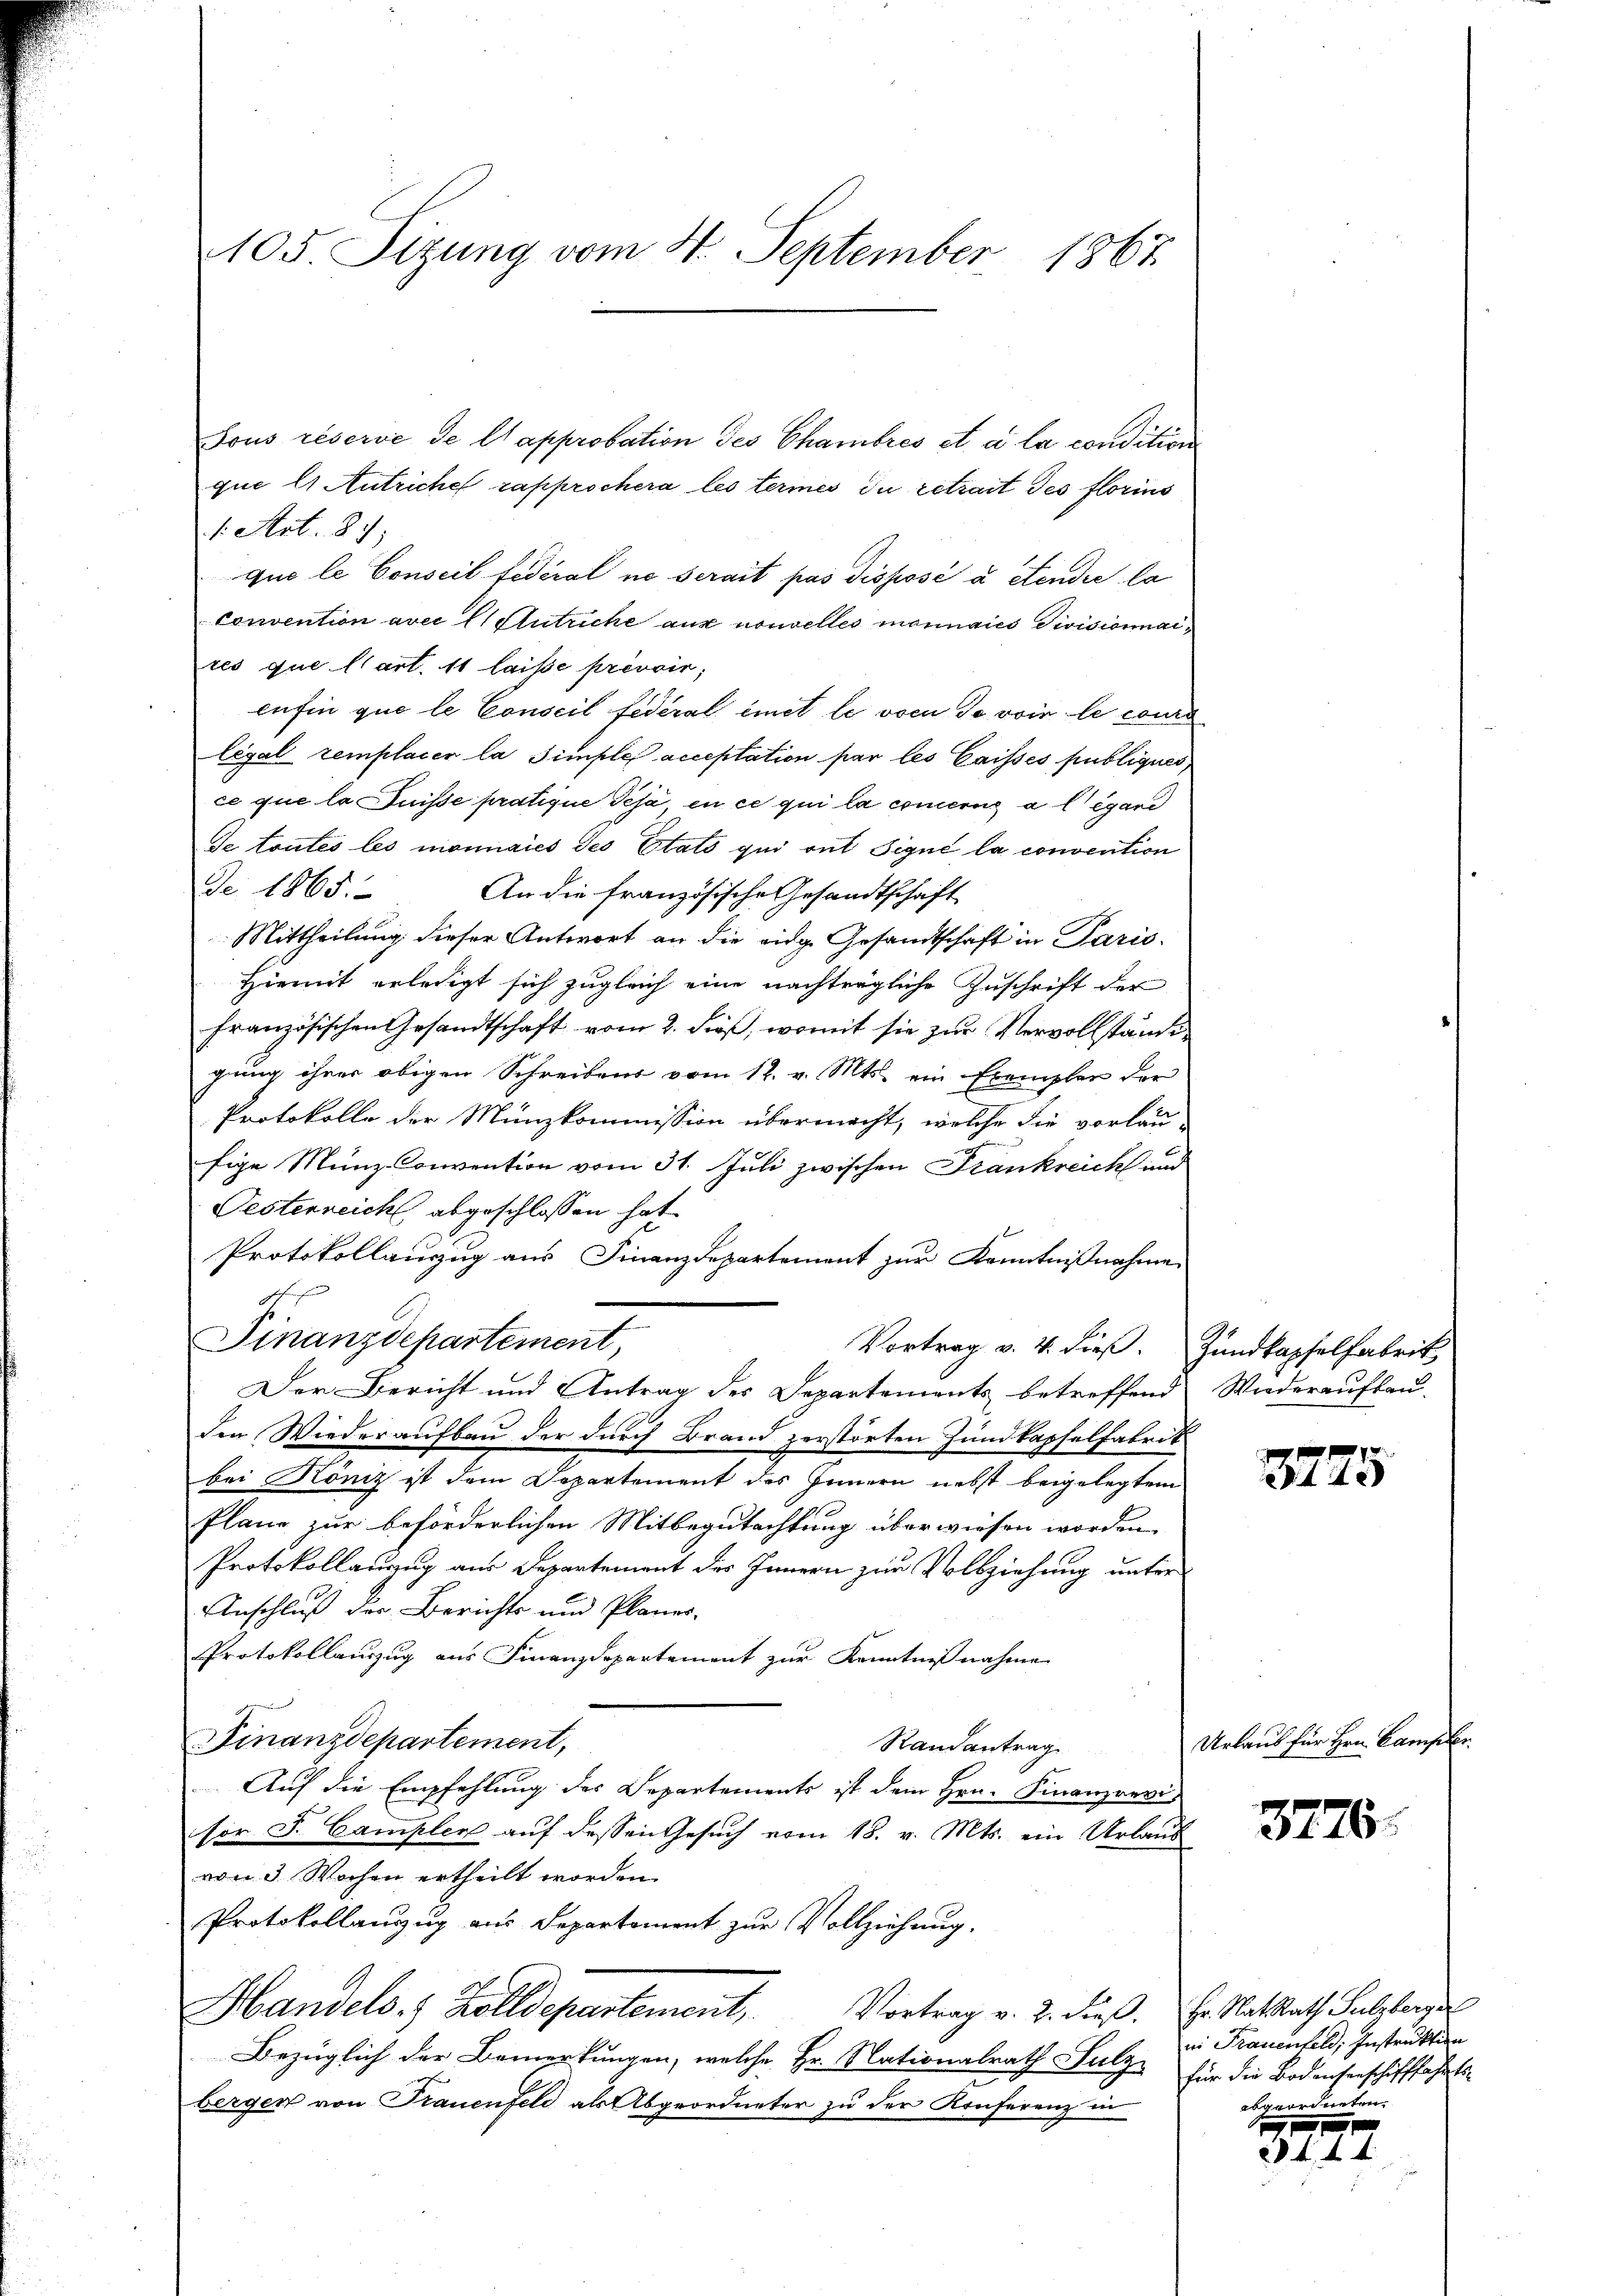
105 izung vom 4. September 1867

Sous réserve de l’approbation des Chambres et à la condition
que es Antrichef rapprochera les termes du retrait des florins
1. Art. 87,
que le Conseil fédéral ne serait pas disposé à étendre la
convention avec 11 Stutriche aus nouvelles monnaies Divisionnai
res que l’art. 11 laisse privoir,
enfin que le Conseil fédéral einet le von de voir le cours
legal remplacer la simple acceptation hier les Caissés publiques,
ce que la Suisse pratique Teja, en ce qui la concerns a legard
Se toutes les monnaies des Stats qui ont Signé la convention
de 1865.
An die französische Gesandtschaft
Mittheilung dieser Antwort an die eidg. Gesandtschaft in Paris
Hiemit erledigt sich zugleich eine nachträgliche Zuschrift der
französischen Gesandtschaft vom 2. dieß, womit sie zur Vervollstände
gung ihrer obigen Schreibens vom 12. v. Mts. ein Exemplar der
Protokolle der Münzkommission übermacht, welche die vorläu-
fige Münz-Convention vom 31. Juli zwischen Frankreich und
Oesterreich abgeschlossen hat.
3
Protokollauzug aus Finanzdepartement zur Kenntnißnahmen
1
Finanzdepartement,
Vortrag v. 4. dieß. Zundkapselfabrik
Der Bericht und Antrag des Departements betreffend
den Wiederaufbau der durch Brand zerstörten Hundkapselfabrik
bei Köniz ist dem Departement des Innern nebst beigelegtem
Plane zur beförderlichen Mitbegutachtung überwiesen worden.
Protokollauszug aus Departement des Innern zur Vollziehung unter
Anschluß der Berichts und Planer-
Protokollauszug aus Finanzdepartement zur Kenntnißnahme
Finanzdepartement,
Randantrag
Auf die Empfehlung des Departements ist dem Hrn. Finanzrevi
sor J. Campler auf dessen Gesuch vom 18. v. Mts. ein Urlaus
von 3 Wochen ertheilt worden.
Protokollanzug aus Departement zur Vollziehung.
Handels. Zolldepartement, Vortrag v. 2. dieß. Er Ratsrath Sulzber
Bezüglich der Bemerkungen, welche Hr. Nationalrath Sulz
berger von Trauenfeld als Abgeordneter zu der Konferenz in

Wiederauflau.

a
373

Urlaus für Hrn. Canzle

3776.

in Frauenfeld, Instruktion
für die Bodensenschifffahrts-
abgeordneten.

234

e